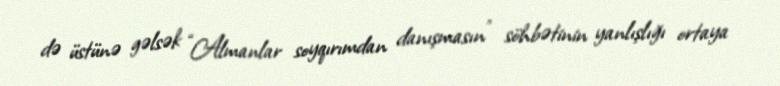
də üstünə gəlsək “Almanlar soyqırımdan danışmasın” söhbətinin yanlışlığı ortaya